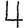
Digit: 4